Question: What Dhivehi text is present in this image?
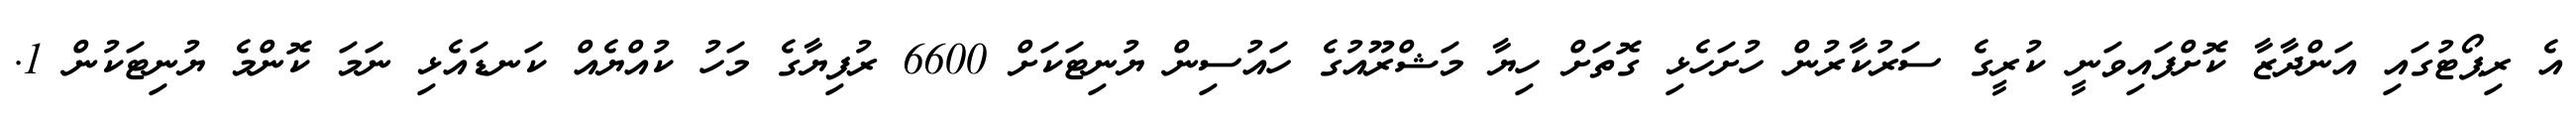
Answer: އެ ރިޕޯޓުގައި އަންދާޒާ ކޮށްފައިވަނީ ކުރީގެ ސަރުކާރުން ހުށަހެޅި ގޮތަށް ހިޔާ މަޝްރޫއުގެ ހައުސިން ޔުނިޓަކަށް 6600 ރުފިޔާގެ މަހު ކުއްޔެއް ކަނޑައެޅި ނަމަ ކޮންމެ ޔުނިޓަކުން 1.